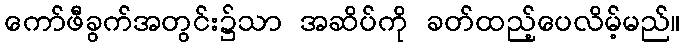
ကော်ဖီခွက်အတွင်း၌သာ အဆိပ်ကို ခတ်ထည့်ပေလိမ့်မည်။